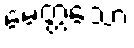
မေတ္တံသော